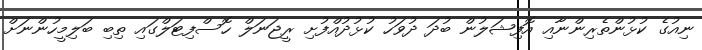
ނިއުގެ ކުޅުންތެރިންނާއި އޮފިޝަލުން ބުދަ ދުވަހު ކުޅުދުއްފުށި ރީޖަނަލް ހޮސްފިޓަލްގައި ތިބި ބަލިމީހުންނަށް